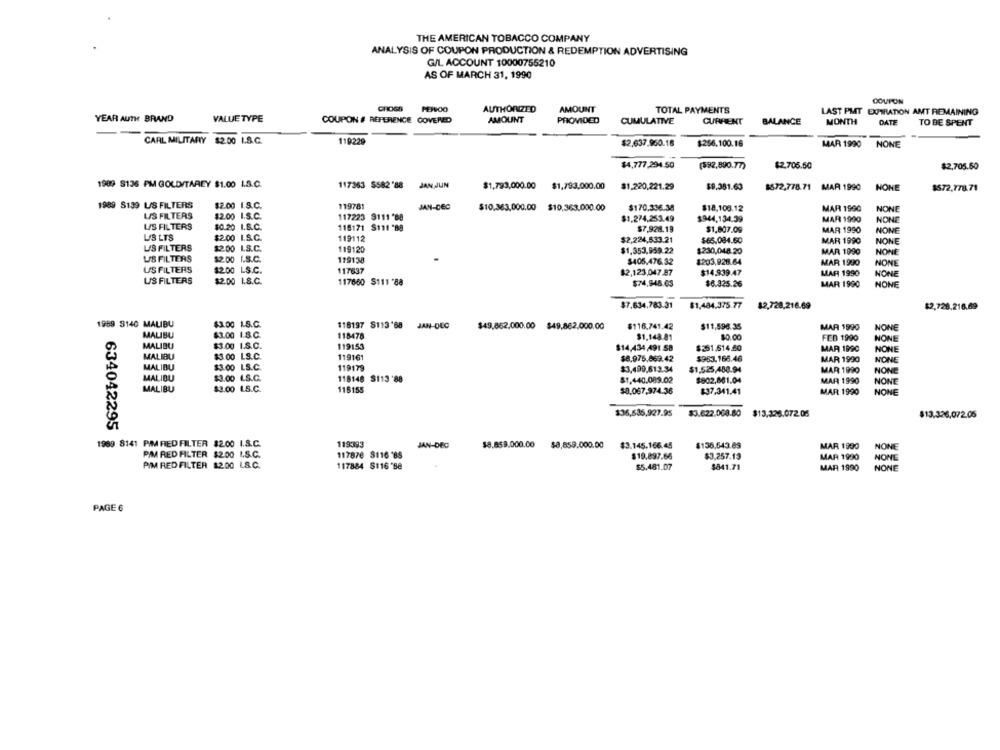
THE AMERICAN TOBACCO COMPANY
ANALYSIS OF COUPON PRODUCTION & REDEMPTION ADVERTISING
G/L ACCOUNT 10000755210
AS OF MARCH 31, 1990
COUPON
CROSS PEPOO
AUTHORIZED
AMOUNT
TOTAL PAYMENTS
LAST PMT EXPIRATION AMT REMAINING
YEAR AUTH BRAND
VALUE TYPE
COUPON # REFERENCE COVERED
AMOUNT
PROVIDED
CUMULATIVE
CURRENT
BALANCE
MONTH
DATE
TO BE SPENT
CARL MILITARY $2.00 I.S.C.
119229
$2,637.960.18
$256.100.16
MAR 1990
NONE
$4,777,294.50
(592,890.77)
$2,705.50
$2,705.50
1989 8136 PM GOLD/TAREY $1.00 1.S.C.
117363 5582'88
JAN JUN
$1,793,000.00 $1,793,000.00 $1.220,221.29
$9.381.63
$572,778.71 MAR 1990
NONE
$572.778.71
$2.00 I.S.C.
1989 $139 L/S FILTERS
119781
JAN-DEC
$10.363,000.00 $10,363,000.00
$170.336.38
$18,106.12
MAR 1990
NONE
LAS FILTERS
$2.00 I.S.C.
117223 9111 88
$1,274,253.49
MAR 1990
NONE
US FILTERS
$0.20 1.8.C.
$944,134.39
118171 S111 '88
$7.928.19
$1,807.09
MAR 1990
NONE
LIS LTS
$2.00 I.S.C.
119112
$2,224,533.21
$65.084.60
MAR 1990
NONE
US FILTERS
$2.00 L.S.C.
119120
$1,353,959.22
$230,048.20
MAR 1990
NONE
US FILTERS
$2.00 I.S.C.
119138
$405.476.32
$203,928.64
MAR 1990
NONE
US FILTERS
$2.00 LS.C.
117637
$2,123,047.87
$14.939 47
MAR 1990
NONE
US FILTERS
$2.00 I.S.C.
117660 S111 -88
$74,948.03
$6.325.26
MAR 1990
NONE
$7.634.783.31
$1,484.375.77
12,728,216.69
$2,728,216.69
1989 3140 MALIBU
$3.00 1.S.C.
118197 S113'68 JAN-DEC
$49,862.000.00 $49,862,000.00
$116.741.42
$11,598.35
MAR 1990
NONE
MALIBU
$3.00 1.8.C.
118478
$1,148.81
$0.00
FEB 1990
NONE
MALIBU
$3.00 I.S.C.
119153
$14,434,491 .58
$261.614.60
MAR 1990
NONE
MALIBU
$3.00 LS.C.
119161
$8.975.869.42
$953.166.46
MAR 1990
NONE
MALIBU
$3.00 LS.C.
119179
$1,525,488.94
$3,490,613.34
MAR 1990
NONE
MALIBU
$3.00 LS.C.
118148 $113'88
$1,440.089.02
$802,861.04
MAR 1990
NON
MALIBU
$3.00 L.S.C.
$16155
$8.067,974.36
$37,341.41
MAR 1990
NONE
$36,536,927.95
$3.622,008.80
$13.326.072.05
$13.326,072.06
634042295
1989 8141 PIM REDFILTER $2.00 1.8.C.
119393
JAN-DEC
$8.859.000.00 $8,859.000.00
$3.145.166.45
$136.643.69
MAR 1990
NONE
PIM RED FILTER $2.00 I.S.C.
117870 8116 '85
$19.897.66
$3.257.13
MAR 1990
NONE
PIM RED FILTER 12.00 LS.C.
117884 S116 -88
$5.481.07
$841.71
MAR 1990
NONE
PAGE 6